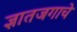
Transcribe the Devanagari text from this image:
ज्ञातजगाचे